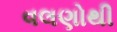
વલણોથી